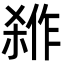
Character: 𭫇